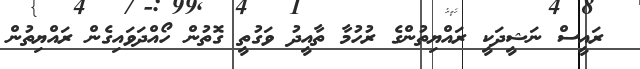
ރައީސް ނަޝީދަކީ ރައްޔިތުންގެ ރުހުމާ ތާއީދު ވަގުތީ ގޮތުން ހޯއްދަވައިގެން ރައްޔިތުން